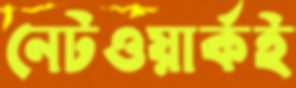
নেটওয়ার্কই